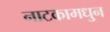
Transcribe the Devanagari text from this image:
नाटकामधु्न